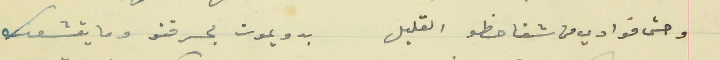
وحتى فوادي من شقا حظو القليل                                  بدو يموت بحرقتو وما يقشعك